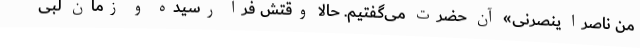
من ناصرا ینصرنی» آن حضرت می‌گفتیم. حالا وقتش فرا رسیده و زمان لبی